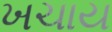
ખચાય